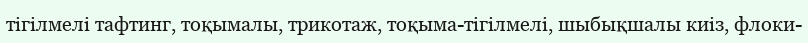
тігілмелі тафтинг, тоқымалы, трикотаж, тоқыма-тігілмелі, шыбықшалы киіз, флоки-